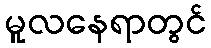
မူလနေရာတွင်